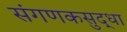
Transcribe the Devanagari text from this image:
संगणकसुद्धा